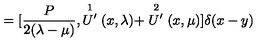
= { [ } \frac { P } { 2 ( \lambda - \mu ) } , \stackrel { 1 } { U ^ { \prime } } ( x , \lambda ) + \stackrel { 2 } { U ^ { \prime } } ( x , \mu ) { ] } \delta ( x - y )